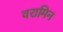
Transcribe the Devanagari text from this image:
वरामिन